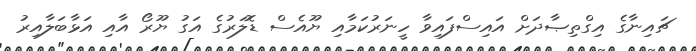
ޗައިނާގެ އިގްތިޞާދަށް އައިސްފައިވާ ހީނަރުކަމާއި ޔޫއެސް ޑޮލަރުގެ އަގު ޔޫރޯ އާއި އަޅާބަލާއިރު